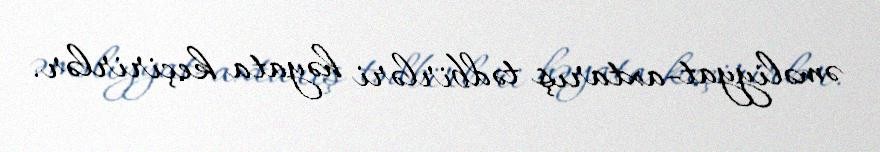
əməliyyat-axtarış tədbirləri həyata keçirirlər.